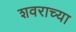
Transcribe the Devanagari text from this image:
शवराच्या